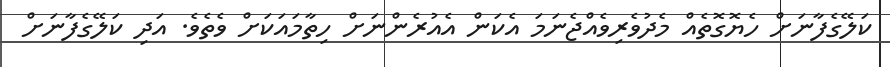
ކަލޭގެފާނަށް ހެޔޮގޮތެއް މެދުވެރިވެއްޖެނަމަަ އެކަން އެއުރެންނަށް ހިތާމައަކަށް ވެތެވެ. އަދި ކަލޭގެފާނަށް